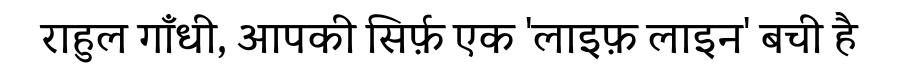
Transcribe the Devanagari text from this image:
राहुल गाँधी, आपकी सिर्फ़ एक 'लाइफ़ लाइन' बची है